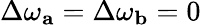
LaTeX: \Delta\omega_{\mathbf{a}}=\Delta\omega_{\mathbf{b}}=0